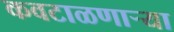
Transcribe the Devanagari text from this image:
कवटाळणाऱ्या